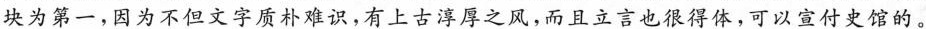
块为第一，因为不但文字质朴难识，有上古淳厚之风，而且立言也很得体，可以宣付史馆的。